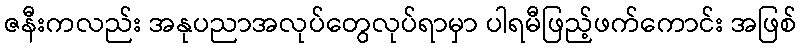
ဇနီးကလည်း အနုပညာအလုပ်တွေလုပ်ရာမှာ ပါရမီဖြည့်ဖက်ကောင်း အဖြစ်